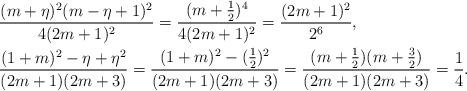
LaTeX: \begin{align*}&\frac{(m+\eta)^2(m-\eta+1)^2}{4 (2 m + 1)^2}=\frac{(m+\frac 12)^4}{4 (2 m + 1)^2}=\frac{(2 m + 1)^2}{2^6},\\&\frac{(1 + m)^2 - \eta + \eta^2}{(2 m + 1) (2 m + 3)}=\frac{(1 + m)^2 - (\frac 12)^2}{(2 m + 1) (2 m + 3)}=\frac{(m+\frac 12)(m+\frac 32)}{(2 m + 1) (2 m + 3)}=\frac 14.\end{align*}